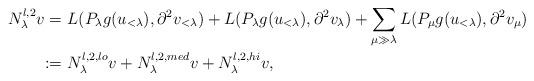
LaTeX: \begin{align*}\begin{aligned}N_\lambda^{l,2}v = & \ L(P_{\lambda} g(u_{<\lambda}), \partial^2 v_{<\lambda})+ L(P_\lambda g(u_{<\lambda}), \partial^2 v_{\lambda}) +\sum_{\mu \gg \lambda} L( P_\mu g(u_{<\lambda}),\partial^2 v_\mu)\\:= & \ N_\lambda^{l,2,lo} v + N_\lambda^{l,2,med} v + N_\lambda^{l,2,hi} v,\end{aligned}\end{align*}